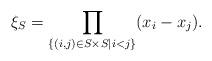
LaTeX: \begin{align*}\xi_S = \prod_{\{(i,j)\in S\times S\mid i < j\}} (x_i - x_j).\end{align*}